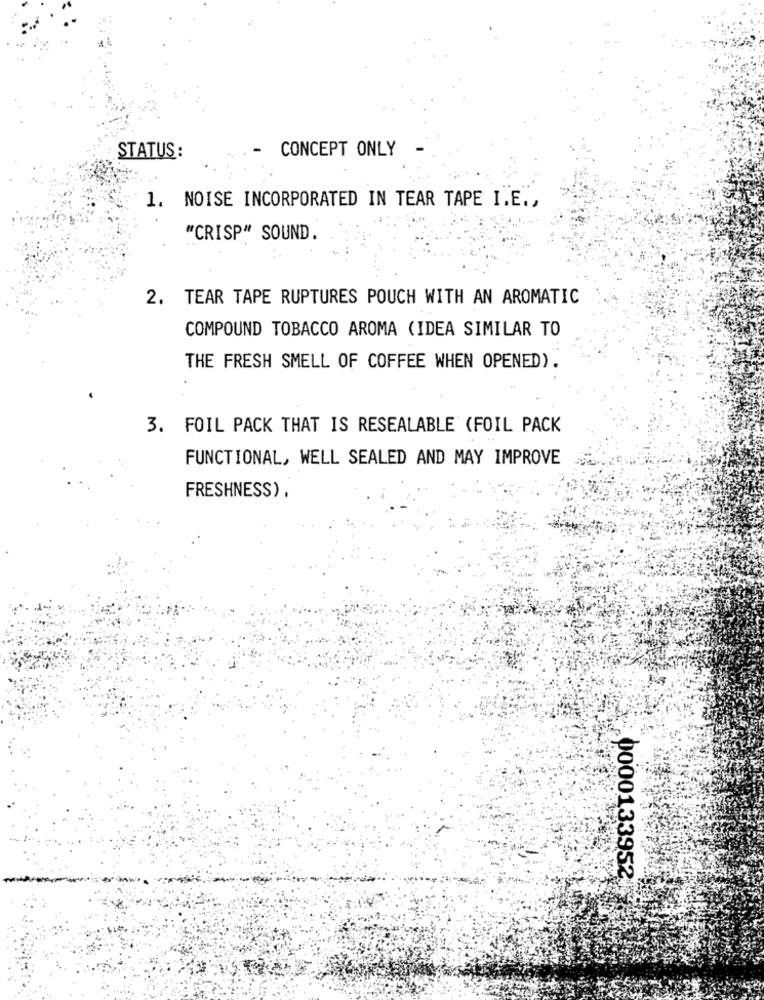
CONCEPT ONLY
STATUS :
1. NOISE INCORPORATED IN TEAR TAPE I.E .,
"CRISP" SOUND.
2. TEAR TAPE RUPTURES POUCH WITH AN AROMATIC
COMPOUND TOBACCO AROMA (IDEA SIMILAR TO
THE FRESH SMELL OF COFFEE WHEN OPENED).
3. FOIL PACK THAT IS RESEALABLE (FOIL PACK
FUNCTIONAL, WELL SEALED AND MAY IMPROVE
FRESHNESS) ,
0000133952